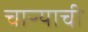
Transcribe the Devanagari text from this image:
चाऱ्याची